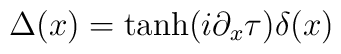
\Delta (x)=\tanh (i\partial _{x}\tau )\delta (x)